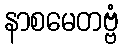
နာစမေတဗ္ဗံ